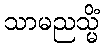
သာမညသ္မိံ